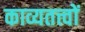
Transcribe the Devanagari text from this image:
काव्यतत्त्वों